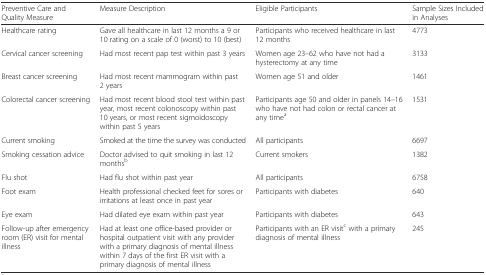
<table><thead><tr><td><b>Preventive Care and Quality Measure</b></td><td><b>Measure Description</b></td><td><b>Eligible Participants</b></td><td><b>Sample Sizes Included in Analyses</b></td></tr></thead><tbody><tr><td>Healthcare rating</td><td>Gave all healthcare in last 12 months a 9 or 10 rating on a scale of 0 (worst) to 10 (best)</td><td>Participants who received healthcare in last 12 months</td><td>4773</td></tr><tr><td>Cervical cancer screening</td><td>Had most recent pap test within past 3 years</td><td>Women age 23–62 who have not had a hysterectomy at any time</td><td>3133</td></tr><tr><td>Breast cancer screening</td><td>Had most recent mammogram within past 2 years</td><td>Women age 51 and older</td><td>1461</td></tr><tr><td>Colorectal cancer screening</td><td>Had most recent blood stool test within past year, most recent colonoscopy within past 10 years, or most recent sigmoidoscopy within past 5 years</td><td>Participants age 50 and older in panels 14–16 who have not had colon or rectal cancer at any time<sup>a</sup></td><td>1531</td></tr><tr><td>Current smoking</td><td>Smoked at the time the survey was conducted</td><td>All participants</td><td>6697</td></tr><tr><td>Smoking cessation advice</td><td>Doctor advised to quit smoking in last 12 months<sup>b</sup></td><td>Current smokers</td><td>1382</td></tr><tr><td>Flu shot</td><td>Had flu shot within past year</td><td>All participants</td><td>6758</td></tr><tr><td>Foot exam</td><td>Health professional checked feet for sores or irritations at least once in past year</td><td>Participants with diabetes</td><td>640</td></tr><tr><td>Eye exam</td><td>Had dilated eye exam within past year</td><td>Participants with diabetes</td><td>643</td></tr><tr><td>Follow-up after emergency room (ER) visit for mental illness</td><td>Had at least one office-based provider or hospital outpatient visit with any provider with a primary diagnosis of mental illness within 7 days of the first ER visit with a primary diagnosis of mental illness</td><td>Participants with an ER visit<sup>c</sup> with a primary diagnosis of mental illness</td><td>245</td></tr></tbody></table>